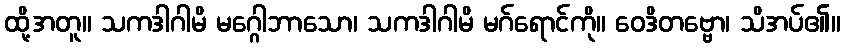
ထို့အတူ။ သကဒါဂါမိ မဂ္ဂေါဘာသော၊ သကဒါဂါမိ မဂ်ရောင်ကို။ ဝေဒိတဗ္ဗော၊ သိအပ်၏။